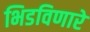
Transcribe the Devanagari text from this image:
भिडविणारे